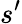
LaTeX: s^{\prime}